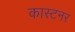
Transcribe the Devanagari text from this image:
कास्टनर